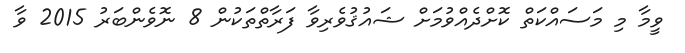
ވީމާ މި މަސައްކަތް ކޮށްދެއްވުމަށް ޝައުޤުވެރިވާ ފަރާތްތަކުން 8 ނޮވެންބަރު 2015 ވާ